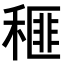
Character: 𥠶